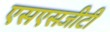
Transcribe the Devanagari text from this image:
एसएसजीटी